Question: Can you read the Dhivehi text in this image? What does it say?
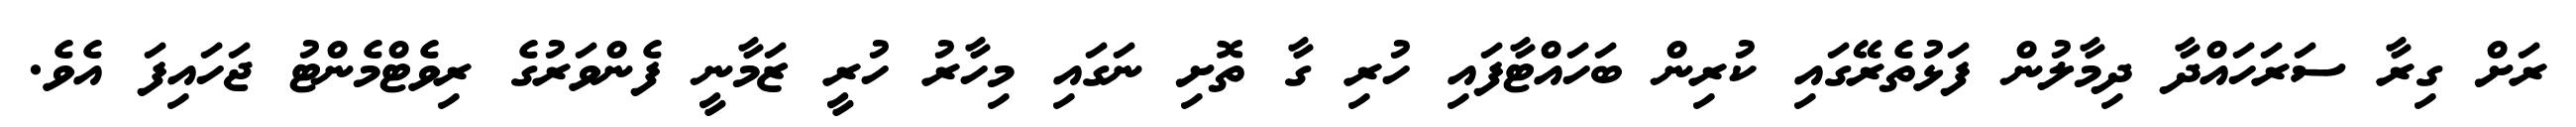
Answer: ރަށް ގިރާ ސަރަހައްދާ ދިމާލުން ފަޅުތެރޭގައި ކުރިން ބަހައްޓާފައި ހުރި ގާ ތޮށި ނަގައި މިހާރު ހުރީ ޒަމާނީ ފެންވަރުގެ ރިވެޓްމެންޓު ޖަހައިފަ އެވެ.